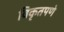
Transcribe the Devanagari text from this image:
विकृतपणे